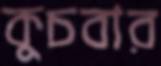
কুচবার